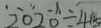
2 0 2 0 \div 4 1 5